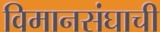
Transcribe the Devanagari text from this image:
विमानसंघाची